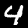
Label: 4